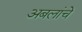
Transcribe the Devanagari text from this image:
अबलांचे